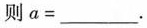
则$$a = ___$$.